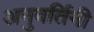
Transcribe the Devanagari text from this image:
अनुवर्तिनी